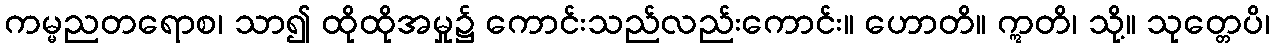
ကမ္မညတရောစ၊ သာ၍ ထိုထိုအမှု၌ ကောင်းသည်လည်းကောင်း။ ဟောတိ။ ဣတိ၊ သို့။ သုတ္တေပိ၊